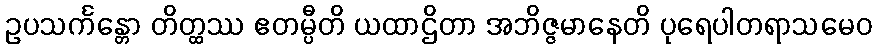
ဥပသင်္ကန္တော တိတ္ထဿ ဧတမ္ပီတိ ယထာဌိတာ အဘိဇ္ဇမာနေတိ ပုရေပါတရာသမေဝ